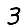
Digit: 3